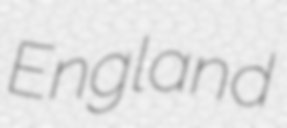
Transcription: England